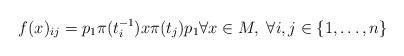
\begin{align*}f(x)_{ij}=p_{1}\pi(t_{i}^{-1})x\pi(t_{j})p_{1} \forall x \in M, \; \forall i,j \in \{1,\ldots,n\}\end{align*}